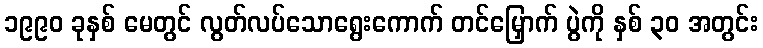
၁၉၉၀ ခုနှစ် မေတွင် လွတ်လပ်သောရွေးကောက် တင်မြှောက် ပွဲကို နှစ် ၃၀ အတွင်း